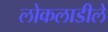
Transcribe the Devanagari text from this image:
लोकलाडीले